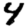
Digit: 4